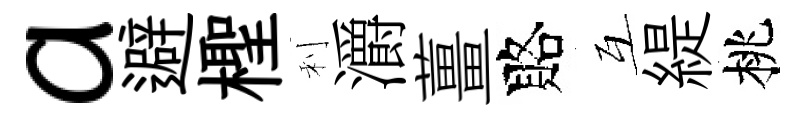
a避檉利灂薑賂互緹桃